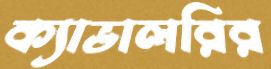
ক্যাভালরির